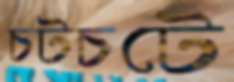
চটচটে